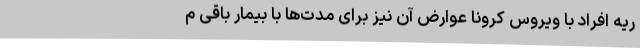
ریه افراد با ویروس کرونا عوارض آن نیز برای مدت‌ها با بیمار باقی م